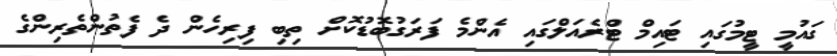
ގައުމީ ޓީމުގައި ޓައިމް ޓްރެއަލްގައި އެންމެ ފަރަގުބޮޑުކޮށް ތިބި ފިރިހެން ދެ ފެތުންތެރިންގެ